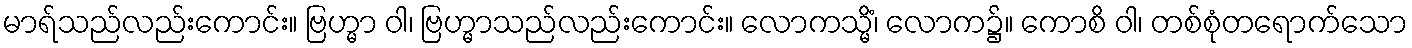
မာရ်သည်လည်းကောင်း။ ဗြဟ္မာ ဝါ၊ ဗြဟ္မာသည်လည်းကောင်း။ လောကသ္မိံ၊ လောက၌။ ကောစိ ဝါ၊ တစ်စုံတရောက်သော